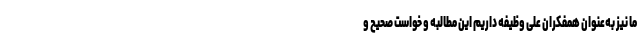
ما نیز به‌عنوان همفکران علی وظیفه داریم این مطالبه و خواست صحیح و